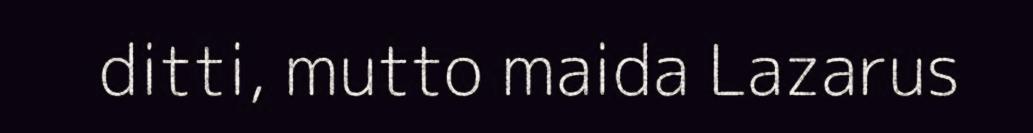
ditti, mutto maida Lazarus